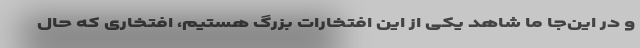
و در این‌جا ما شاهد یکی از این افتخارات بزرگ هستیم، افتخاری که حال